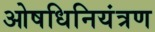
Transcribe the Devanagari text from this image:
ओषधिनियंत्रण